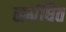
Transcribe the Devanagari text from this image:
समंधित